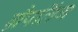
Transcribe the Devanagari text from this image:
ग्रैपलिंग